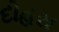
દોહરા